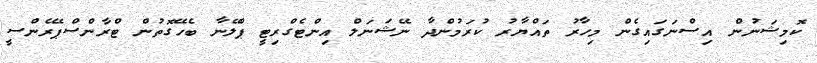
ކޮމިޝަނުން އިސްނަގައިގެން މިހާރު ތައްޔާރު ކުރަމުންދާ ނޭޝަނަލް އިންޓެގްރިޓީ ޕްލޭނާ ބެހޭގޮތުން ޓްރާންސްޕޭރެންސީ